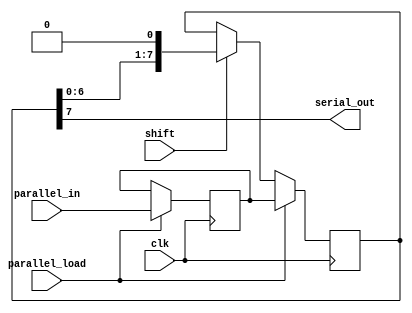
module parallel_in_serial_out (
    input wire clk,
    input wire parallel_load,
    input wire shift,
    input wire [7:0] parallel_in,
    output reg serial_out
);

reg [7:0] data;
reg [7:0] shifted_data;

always @(posedge clk) begin
    if (parallel_load) begin
        data <= parallel_in;
        shifted_data <= data;
    end
    else if (shift) begin
        shifted_data <= {shifted_data[6:0], 1'b0};
    end
end

always @* begin
    serial_out = shifted_data[7];
end

endmodule